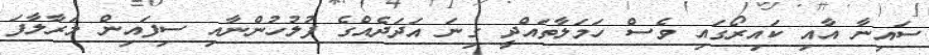
ސައިނާ އާއި ކައިރޯގައި ވެސް ހަމަލާތައްދީ ގިނަ އަދަދެއްގެ ފުލުހުންނާއި ސިފައިން މަރާލާފަ